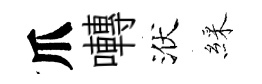
爪囀洑綵